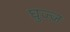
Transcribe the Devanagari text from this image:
घुज्ज़